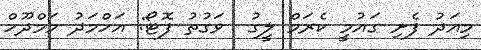
މިއަދު ފެށި ގައުމީ ކެރަމް ލީގު  ވަގުތު ފޮޓޯ: އަހްމަދު މަމްދޫހް